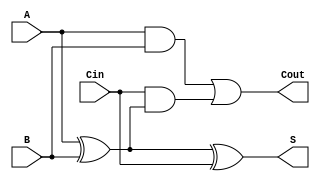
module async_full_adder (
    input  wire A,    // First binary input
    input  wire B,    // Second binary input
    input  wire Cin,  // Carry-in input
    output wire S,    // Sum output
    output wire Cout   // Carry-out output
);

// Internal wires for intermediate calculations
wire AB;          // A AND B
wire A_xor_B;    // A XOR B

// Logic implementation
assign A_xor_B = A ^ B;           // Calculate A XOR B
assign S = A_xor_B ^ Cin;         // Calculate Sum: S = A XOR B XOR Cin
assign AB = A & B;                 // Calculate A AND B
assign Cout = AB | (Cin & A_xor_B); // Calculate Carry-out: Cout = (A AND B) OR (Cin AND (A XOR B))

endmodule